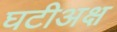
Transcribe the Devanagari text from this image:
घटीअक्ष